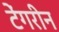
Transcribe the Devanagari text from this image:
टेंगरीन